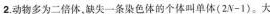
2.动物多为二倍体，缺失一条染色体的个体叫单体(2N-1)。大